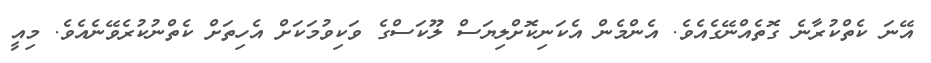
އޭނަ ކެތްކުރާނެ ގޮތެއްނޭގެއެވެ. އެންމެން އެކަނިކޮށްލިޔަސް ލޫކަސްގެ ވަކިވުމަކަށް އެހިތަށް ކެތްނުކުރެވޭނެއެވެ. މިއީ